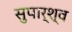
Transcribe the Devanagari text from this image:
सुपार्श्‍व